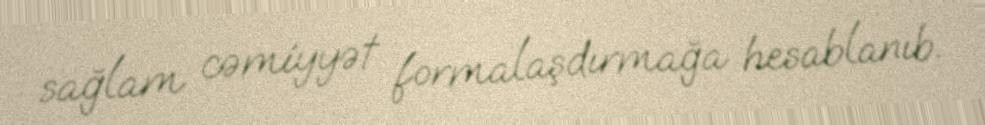
sağlam cəmiyyət formalaşdırmağa hesablanıb.